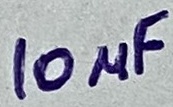
Text: 10µF